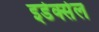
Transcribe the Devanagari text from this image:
इडेक्सेल